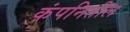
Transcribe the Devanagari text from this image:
कंपनितील